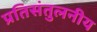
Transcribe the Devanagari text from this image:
प्रतिसंतुलनीय